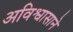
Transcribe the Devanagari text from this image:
अविश्वासाने